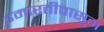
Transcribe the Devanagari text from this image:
इमारतीपासून